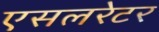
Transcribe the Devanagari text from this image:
एसलरेटर